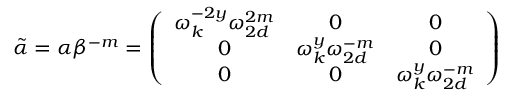
\tilde { \alpha } = \alpha \beta ^ { - m } = \left( \begin{array} { c c c } { { \omega _ { k } ^ { - 2 y } \omega _ { 2 d } ^ { 2 m } } } & { { 0 } } & { { 0 } } \\ { { 0 } } & { { \omega _ { k } ^ { y } \omega _ { 2 d } ^ { - m } } } & { { 0 } } \\ { { 0 } } & { { 0 } } & { { \omega _ { k } ^ { y } \omega _ { 2 d } ^ { - m } } } \end{array} \right)